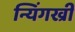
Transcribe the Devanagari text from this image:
न्यिंगख्री